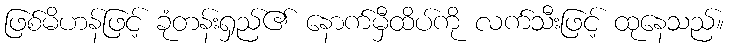
ဖြစ်မိဟန်ဖြင့် ခုံတန်းရှည်၏ နောက်မှီထိပ်ကို လက်သီးဖြင့် ထုနေသည်။